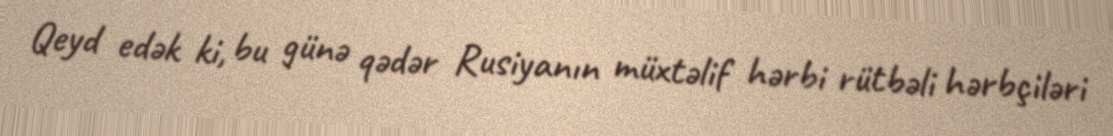
Qeyd edək ki, bu günə qədər Rusiyanın müxtəlif hərbi rütbəli hərbçiləri